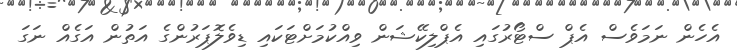
އެހެން ނަމަވެސް އެޕް ސްޓޯރުގައި އެޕްލިކޭޝަން ވިއްކުމަށްޓަކައި ޑިވެލޮޕަރުންގެ އަތުން އަގެއް ނަގަ